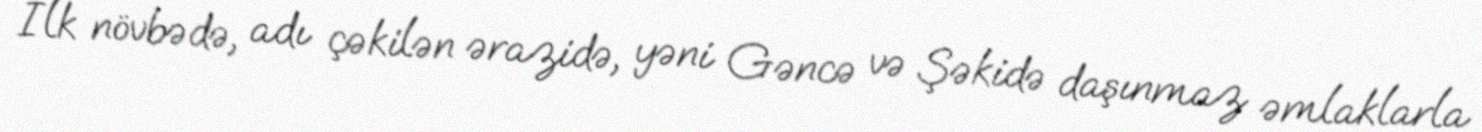
İlk növbədə, adı çəkilən ərazidə, yəni Gəncə və Şəkidə daşınmaz əmlaklarla